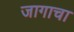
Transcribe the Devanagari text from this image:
जागाचा